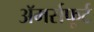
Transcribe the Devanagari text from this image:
अॅमर्सफूर्ट